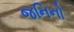
જનિનો